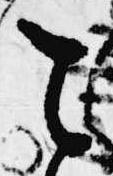
こ